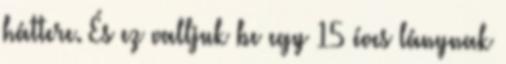
háttere. És ez valljuk be egy 15 éves lánynak